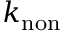
k _ { \mathrm { n o n } }